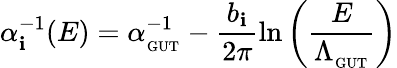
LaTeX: \alpha_{\mathbf{i}}^{-1}(E)=\alpha_{_\mathrm{{GUT}}}^{-1}-\frac{{b_{\mathbf{i}}}}{{2\pi}}\ln\left(\frac{{E}}{{\Lambda_{_\mathrm{{GUT}}}}}\right)